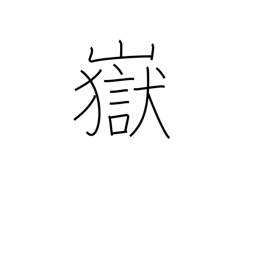
Meaning: peak